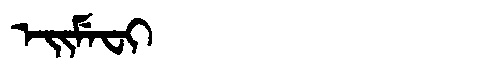
Manchu: ᡝᡳᠮᡝᠸᡳ
Romanization: EIMEFI